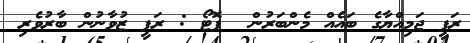
ރަފީ ޖަމިއްޔާގެ ބައެއް މެންބަރުން  ފޮޓޯ : ރަފީ ޒުވާނުން ބާރުވެރި